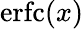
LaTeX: \textrm{erfc}(x)